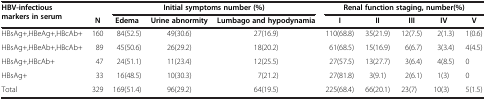
<table><thead><tr><td rowspan="2"><b>HBV-infectious markers in serum</b></td><td><b> </b></td><td colspan="3"><b>Initial symptoms number (%)</b></td><td colspan="5"><b>Renal function staging, number(%)</b></td></tr><tr><td><b>N</b></td><td><b>Edema</b></td><td><b>Urine abnormity</b></td><td><b>Lumbago and hypodynamia</b></td><td><b>I</b></td><td><b>II</b></td><td><b>III</b></td><td><b>IV</b></td><td><b>V</b></td></tr></thead><tbody><tr><td>HBsAg+,HBeAg+,HBcAb+</td><td>160</td><td>84(52.5)</td><td>49(30.6)</td><td>27(16.9)</td><td>110(68.8)</td><td>35(21.9)</td><td>12(7.5)</td><td>2(1.3)</td><td>1(0.6)</td></tr><tr><td>HBsAg+,HBeAb+,HBcAb+</td><td>89</td><td>45(50.6)</td><td>26(29.2)</td><td>18(20.2)</td><td>61(68.5)</td><td>15(16.9)</td><td>6(6.7)</td><td>3(3.4)</td><td>4(4.5)</td></tr><tr><td>HBsAg+,HBcAb+</td><td>47</td><td>24(51.1)</td><td>11(23.4)</td><td>12(25.5)</td><td>27(57.5)</td><td>13(27.7)</td><td>3(6.4)</td><td>4(8.5)</td><td>0</td></tr><tr><td>HBsAg+</td><td>33</td><td>16(48.5)</td><td>10(30.3)</td><td>7(21.2)</td><td>27(81.8)</td><td>3(9.1)</td><td>2(6.1)</td><td>1(3)</td><td>0</td></tr><tr><td>Total</td><td>329</td><td>169(51.4)</td><td>96(29.2)</td><td>64(19.5)</td><td>225(68.4)</td><td>66(20.1)</td><td>23(7)</td><td>10(3)</td><td>5(1.5)</td></tr></tbody></table>